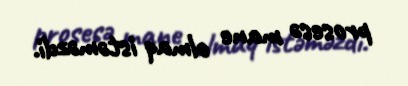
prosesə mane olmaq istəməzdi.